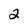
Character: 2